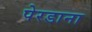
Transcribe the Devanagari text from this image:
पेरडाना